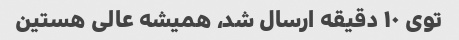
توی ١٠ دقیقه ارسال شد، همیشه عالی هستین